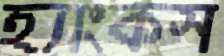
হ্যাংকস